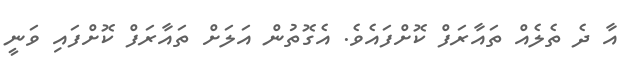
އާ ދެ ތެލެއް ތައާރަފް ކޮށްފައެވެ. އެގޮތުން އަލަށް ތައާރަފް ކޮށްފައި ވަނީ